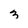
Character: 3